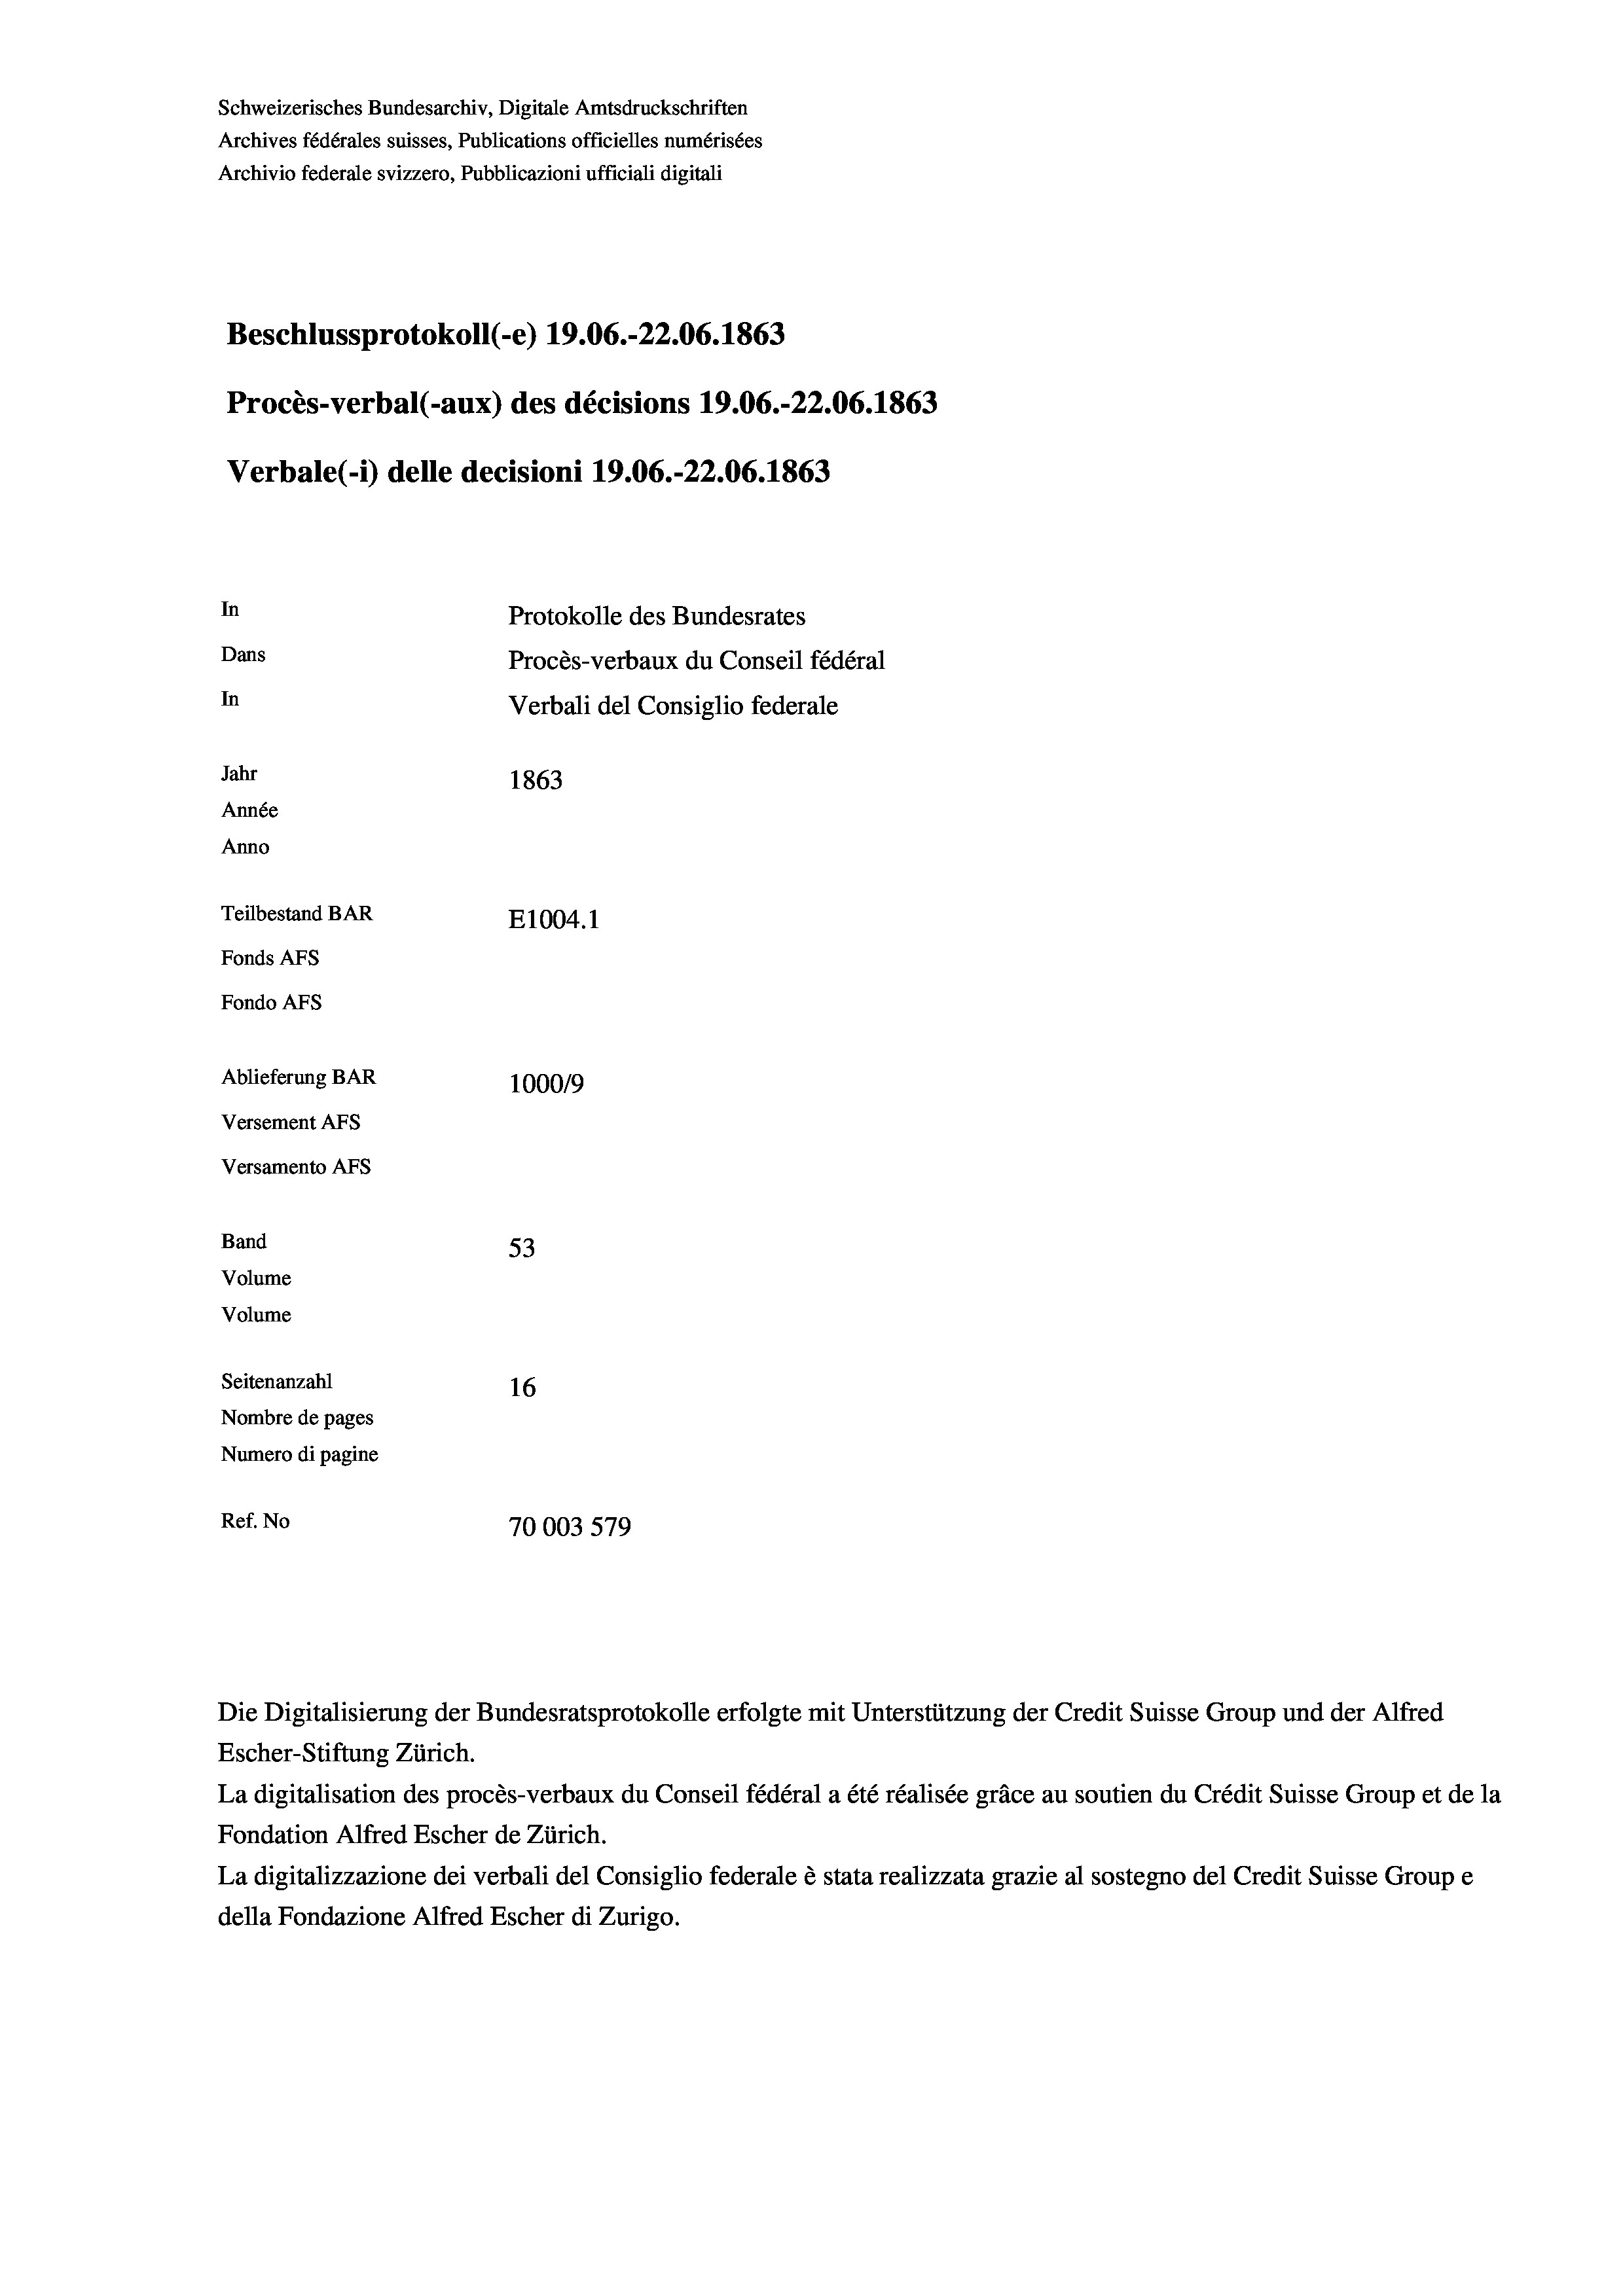
Schweizerisches Bundesarchiv, Digitale Amtsdruckschriften
Archives fédérales suisses, Publications officielles numérisées
Archivio federale svizzero, Pubblicazioni ufficiali digitali
Beschlussprotokoll (-e) 19.06.-22.06. 1863
Procès-verbal (-aux) des décisions 19.06.-22.06. 1863
Verbale(-*) delle decisioni 19.06.-22.06. 1863
In
Protokolle des Bundesrates
Dans
Procès-verbaux du Conseil fédéral
In
Verbali del Consiglio federale
Jahr
1863
Année
Anno
Teilbestand BAR
E1004. 1
Fonds AFs
Fondo AFS
Ablieferung BAR
100019
Versement AFs
Versamento AFs
Band
53
Volume
Volume
Seitenanzahl
16

Nombre de pages
Numero di pagine
Ref. No
70003 579

Escher-Stiftung Zürich.
La digitalisation des procès-verbaux du Conseil fédéral a été réalisée gräce au soutien du Crédit Suisse Group et de la
Fondation Alfred Escher de Zürich.
La digitalizzazione dei verbali del Consiglio federale è stata realizzata grazie al sostegno del Credit Suisse Groupe
della Fondazione Alfred Escher di Zurigo.

Die Digitalisierung der Bundesratsprotokolle erfolgte mit Unterstützung der Credit Suisse Group und der Alfred